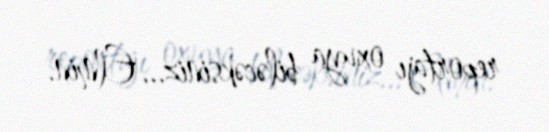
reportajı oxuya biləcəksiniz... Elmin.